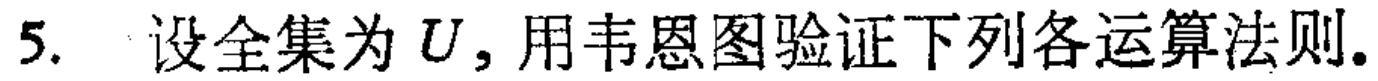
5. 设全集为 \(U\)，用韦恩图验证下列各运算法则。